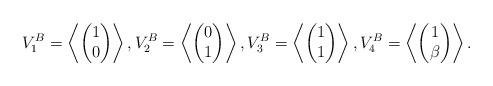
LaTeX: \begin{align*} V_1^B=\left\langle \begin{pmatrix} 1\\0 \end{pmatrix}\right\rangle, V_2^B=\left\langle \begin{pmatrix} 0\\1 \end{pmatrix}\right\rangle, V_3^B=\left\langle \begin{pmatrix} 1\\1 \end{pmatrix}\right\rangle, V_4^B=\left\langle \begin{pmatrix} 1\\ \beta \end{pmatrix}\right\rangle.\end{align*}